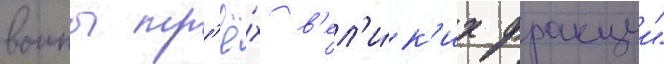
воины тр'ё́х в'ел'и́к'их фракции"